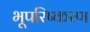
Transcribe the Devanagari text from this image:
भूपरिष्करण